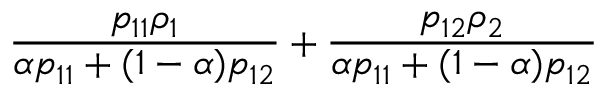
\frac { p _ { 1 1 } \rho _ { 1 } } { \alpha p _ { 1 1 } + ( 1 - \alpha ) p _ { 1 2 } } + \frac { p _ { 1 2 } \rho _ { 2 } } { \alpha p _ { 1 1 } + ( 1 - \alpha ) p _ { 1 2 } }